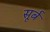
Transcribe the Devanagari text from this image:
सूर्ब